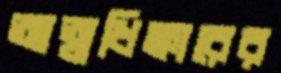
আত্মধিক্কারের